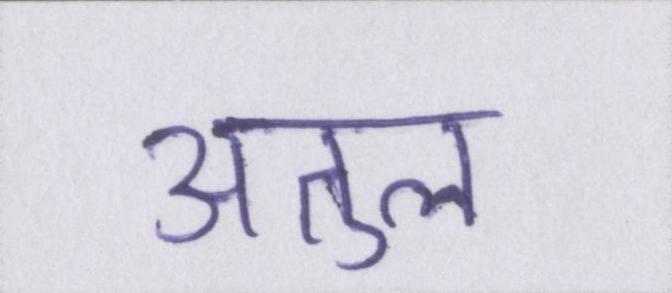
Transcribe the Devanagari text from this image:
अतुल